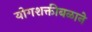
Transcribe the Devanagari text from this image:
योगशक्तीबळाने